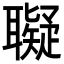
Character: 𦘀